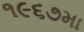
૧૯૬૭મા